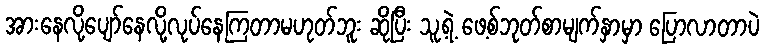
အားနေလို့ပျော်နေလို့လုပ်နေကြတာမဟုတ်ဘူး ဆိုပြီး သူ့ရဲ့ ဖေ့စ်ဘုတ်စာမျက်နှာမှာ ပြောလာတာပဲ